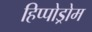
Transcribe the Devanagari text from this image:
हिप्पोड्रोम